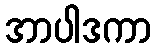
အာပါဒကာ